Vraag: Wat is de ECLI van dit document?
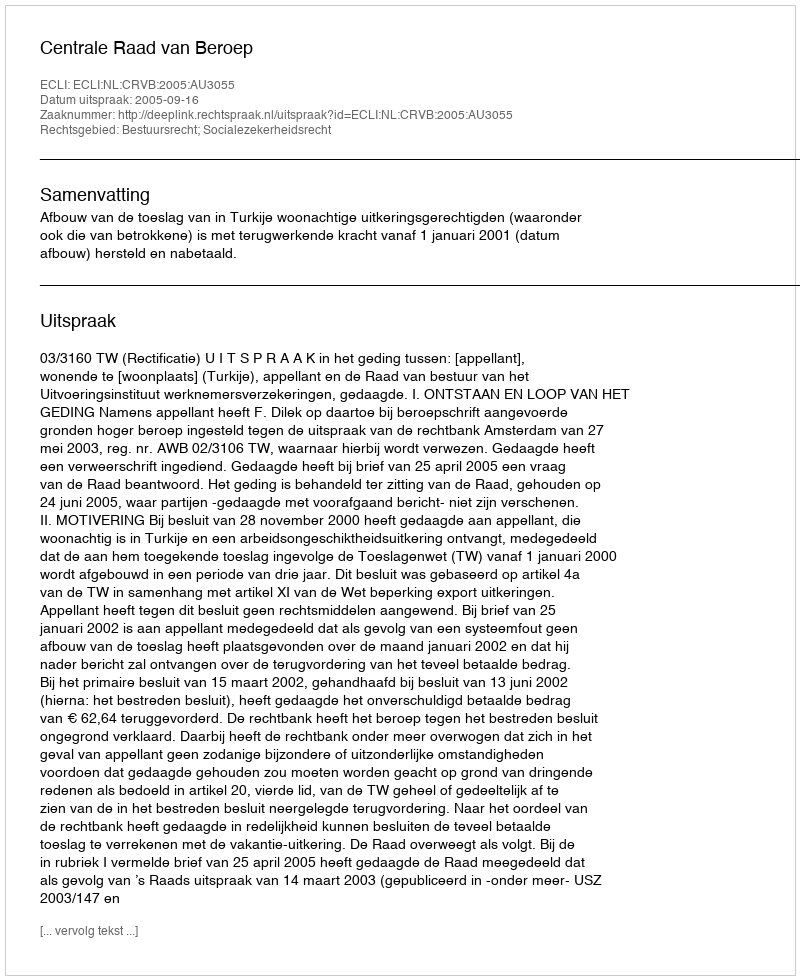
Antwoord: ECLI:NL:CRVB:2005:AU3055